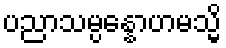
ပညာသမ္ပန္နောဟမသ္မိ